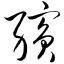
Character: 缤